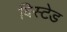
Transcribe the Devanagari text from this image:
विस्टेड